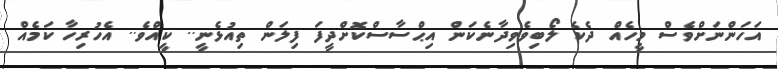
އަހަންނަށްވެސް މީހެއް ދެކެ ލޯބިވެވިދާނެކަން އިޙްސާސްކޮށްދީފަ ފިލަން ތިއުޅެނީ.. ކީއްވެ.. އެހުރިހާ ކަމެއް